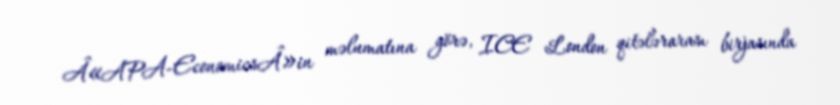
Â«APA-EconomicsÂ»in məlumatına görə, ICE London qitələrarası birjasında